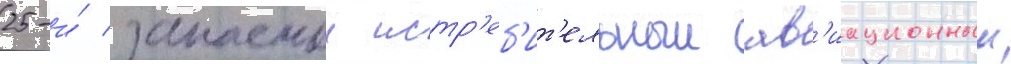
25-и́ запаснои истр'еб'ит'ельныи ав'иационныи